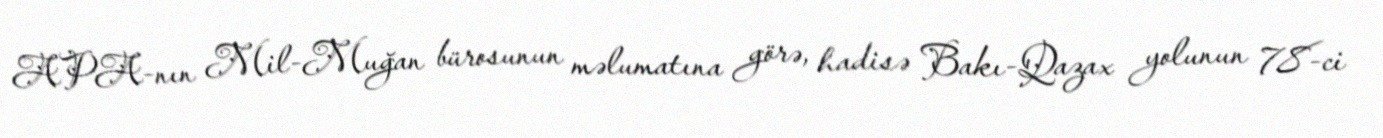
APA-nın Mil-Muğan bürosunun məlumatına görə, hadisə Bakı-Qazax yolunun 78-ci